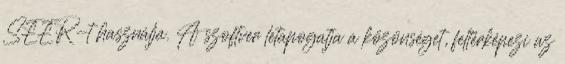
SEER-t használja. A szoftver letapogatja a közönséget, feltérképezi az